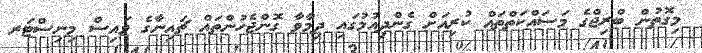
މިގޮތުން ބްރިޖްގެ މަސައްކަތްތައް ކުރިއަށް ގެންދިއުމުގައި ދިމާވާ ގޮންޖެހުންތައް ޗައިނާގެ ވައިސް މިނިސްޓަރ